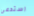
استدعى